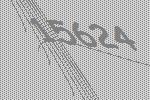
15624